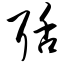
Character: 聒